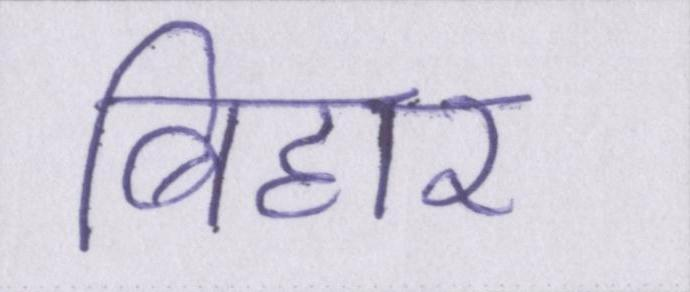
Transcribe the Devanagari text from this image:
बिहार